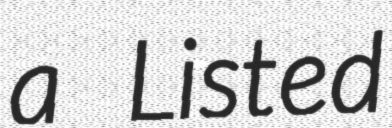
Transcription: a Listed